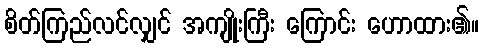
စိတ်ကြည်လင်လျှင် အကျိုးကြီး ကြောင်း ဟောထား၏။